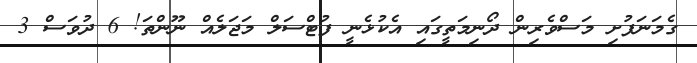
ގެމަނަފުށި މަސްވެރިން ދޯނިމަތީގައި އެކުޅެނީ ފުޓްސަލް މަޖަލެއް ނޫންތަ! 6 ދުވަސް 3